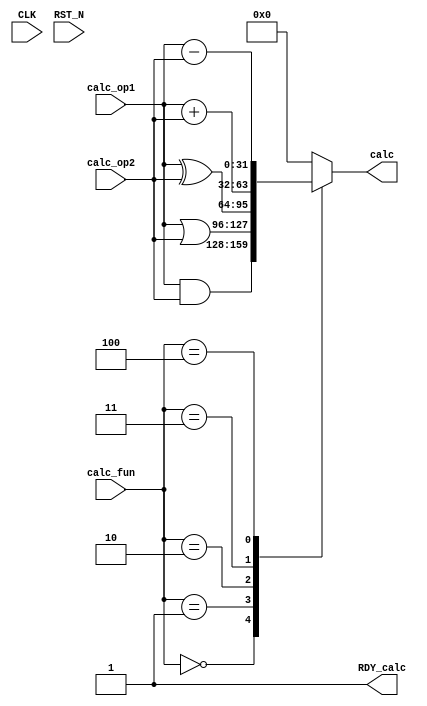
//
// Generated by Bluespec Compiler, version 2012.01.A (build 26572, 2012-01-17)
//
// On Fri Feb 27 13:54:38 GMT 2015
//
// Method conflict info:
// Method: calc
// Conflict-free: calc
//
//
// Ports:
// Name                         I/O  size props
// calc                           O    32
// RDY_calc                       O     1 const
// CLK                            I     1 unused
// RST_N                          I     1 unused
// calc_op1                       I    32
// calc_op2                       I    32
// calc_fun                       I     3
//
// Combinational paths from inputs to outputs:
//   (calc_op1, calc_op2, calc_fun) -> calc
//
//

`ifdef BSV_ASSIGNMENT_DELAY
`else
`define BSV_ASSIGNMENT_DELAY
`endif

module mkALU(CLK,
	     RST_N,

	     calc_op1,
	     calc_op2,
	     calc_fun,
	     calc,
	     RDY_calc);
  input  CLK;
  input  RST_N;

  // value method calc
  input  [31 : 0] calc_op1;
  input  [31 : 0] calc_op2;
  input  [2 : 0] calc_fun;
  output [31 : 0] calc;
  output RDY_calc;

  // signals for module outputs
  reg [31 : 0] calc;
  wire RDY_calc;

  // remaining internal signals
  wire [31 : 0] result__h31,
		result__h36,
		result__h41,
		result__h46,
		result__h51;

  // value method calc
  always@(calc_fun or
	  result__h31 or
	  result__h36 or result__h41 or result__h46 or result__h51)
  begin
    case (calc_fun)
      3'd0: calc = result__h31;
      3'd1: calc = result__h36;
      3'd2: calc = result__h41;
      3'd3: calc = result__h46;
      3'd4: calc = result__h51;
      default: calc = 32'd0;
    endcase
  end
  assign RDY_calc = 1'd1 ;

  // remaining internal signals
  assign result__h31 = calc_op1 & calc_op2 ;
  assign result__h36 = calc_op1 | calc_op2 ;
  assign result__h41 = calc_op1 ^ calc_op2 ;
  assign result__h46 = calc_op1 + calc_op2 ;
  assign result__h51 = calc_op1 - calc_op2 ;
endmodule  // mkALU